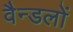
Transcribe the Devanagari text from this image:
वैन्डलों